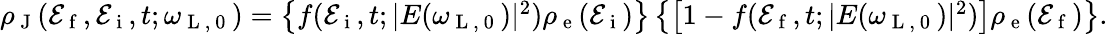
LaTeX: \begin{array}{r}{\rho_{\mathrm{~J~}}(\mathcal{E}_{\mathrm{~f~}},\mathcal{E}_{\mathrm{~i~}},t;\omega_{\mathrm{~L~,~0~}})=\left\{ f(\mathcal{E}_{\mathrm{~i~}},t;|E(\omega_{\mathrm{~L~,~0~}})|^{2})\rho_{\mathrm{~e~}}(\mathcal{E}_{\mathrm{~i~}})\right\} \left\{ \left[1-f(\mathcal{E}_{\mathrm{~f~}},t;|E(\omega_{\mathrm{~L~,~0~}})|^{2})\right]\rho_{\mathrm{~e~}}(\mathcal{E}_{\mathrm{~f~}})\right\} .}\end{array}